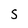
Character: S